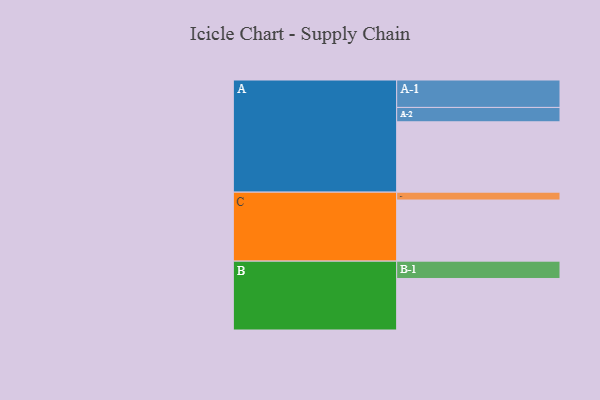
{"axis": {"x": "Segment", "y": "Value"}, "legend": ["", "A", "B", "C"], "data": [{"x": "A", "y": 572, "type": ""}, {"x": "B", "y": 419, "type": ""}, {"x": "C", "y": 497, "type": ""}, {"x": "A-1", "y": 223, "type": "A"}, {"x": "A-2", "y": 117, "type": "A"}, {"x": "B-1", "y": 141, "type": "B"}, {"x": "C-1", "y": 64, "type": "C"}]}